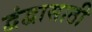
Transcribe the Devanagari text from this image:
द्वंद्वासाठी